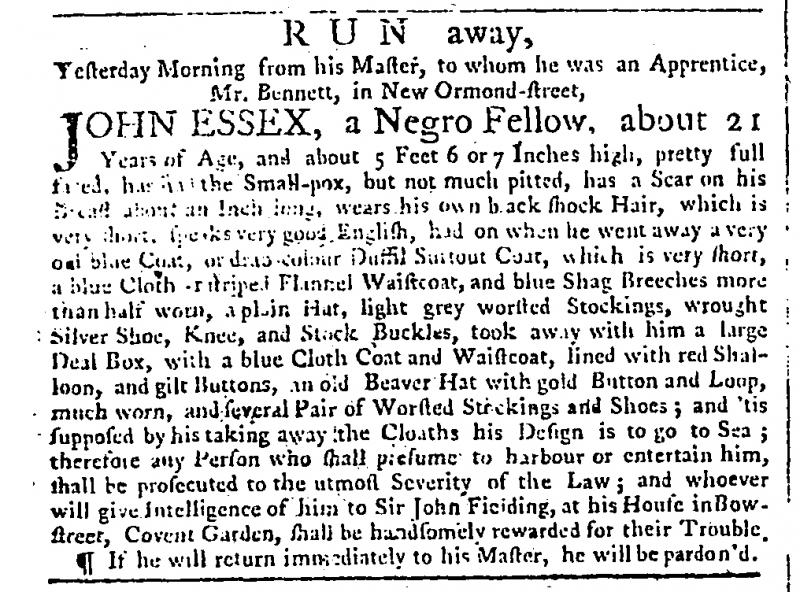
Public Advertiser, 30 October 1762 (England)
                               R U N  away, Yesterday Morning from his Master, to whom he was an Apprentice, Mr. Bennett, in New Ormond-street,  JOHN ESSEX, a Negro Fellow, about 21 Years of Age, and about 5 Feet 6 or 7 Inches high, pretty full faced, h[as had] the Small-pox, but not much pitted, has a Scar on his head about an Inch long, wears his own black shock Hair, which is very short, speaks very good English, had on when we went away a very old blue Coat, or drab colour Duffil Surtout Coat, which is very short, a blue Cloth or striped Flannel Waistcoat, and blue Shag Breeches more than half worn, a plain Hat, light grey worsted Stockings, wrought Silver Shoe, Knee, and Stock Buckles, took away with him a large Deal Box, with a blue Cloth Coat and Waistcoat, lined with red Shalloon, and gilt Buttons, an old Beaver Hat with gold Button and Loop, much worn, and several Pair of Worsted Stockings and Shoes; and ‘tis supposed by his taking away the Cloaths his Design is to go to Sea; therefore any Person who shall presume to harbour or entertain him, shall be prosecuted to the utmost Severity of the Law; and whoever will give Intelligence of him to Sir John Fielding, at his House in Bow-street, Covent Garden, shall be handsomely rewarded for their Trouble.   If he will return immediately to his Master, he will be pardon’d.